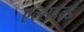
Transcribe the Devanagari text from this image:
एल्सवर्ल्ड